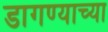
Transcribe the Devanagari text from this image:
डागण्याच्या